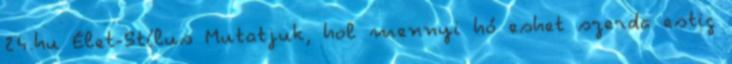
24.hu Élet-Stílus Mutatjuk, hol mennyi hó eshet szerda estig